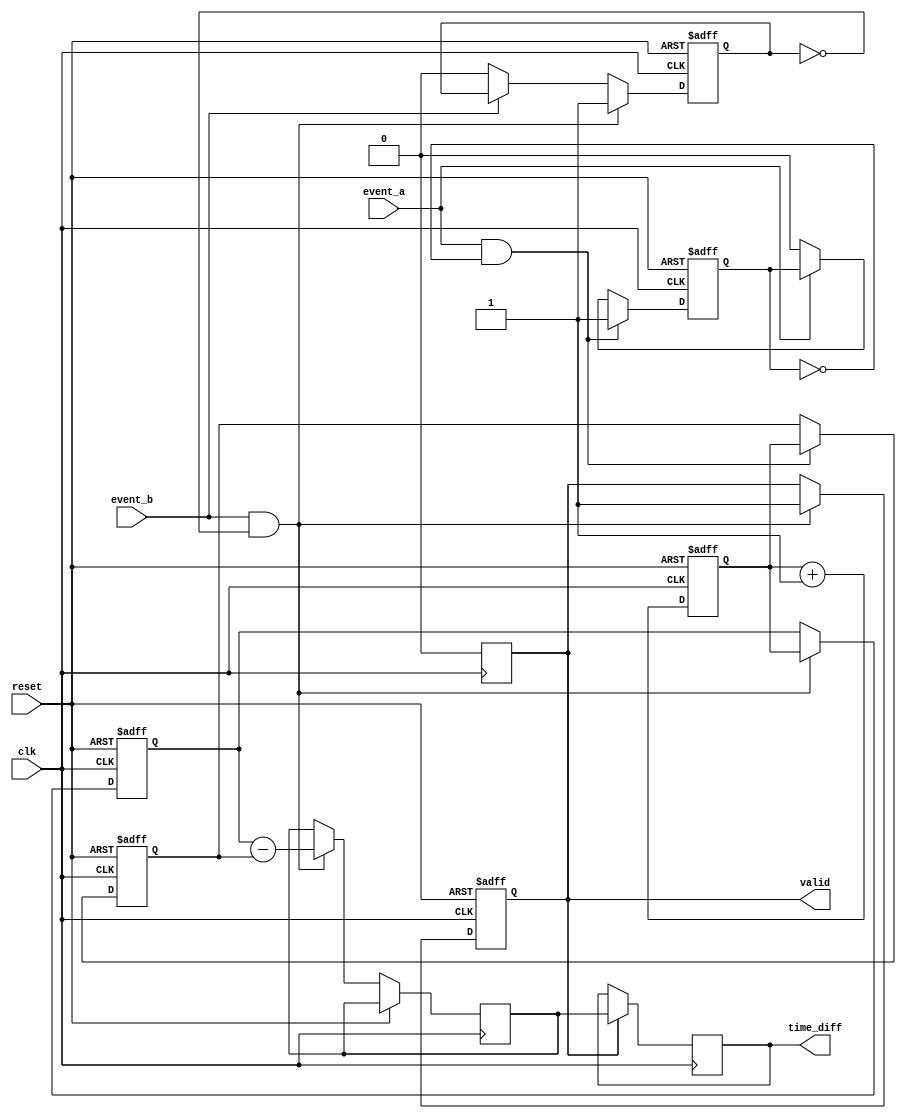
module hybrid_tdc (
    input wire clk,                // High-frequency clock
    input wire reset,              // Reset signal
    input wire event_a,            // Event A input
    input wire event_b,            // Event B input
    output reg [15:0] time_diff,   // Output time difference
    output reg valid               // Output valid signal
);

    // Time Measurement Unit (TMU)
    reg [15:0] time_counter;       // Time counter
    reg [15:0] time_a;             // Time when event A occurred
    reg [15:0] time_b;             // Time when event B occurred
    reg event_a_detected;          // Flag for event A detection
    reg event_b_detected;          // Flag for event B detection

    // Memory Block
    reg [15:0] memory [0:15];      // Memory array for storing time measurements
    reg [3:0] mem_addr;            // Memory address pointer
    reg mem_write_enable;           // Memory write enable signal

    // Digital Processing Unit (DPU)
    reg [15:0] processed_time_diff; // Processed time difference

    // Initialization
    always @(posedge clk or posedge reset) begin
        if (reset) begin
            time_counter <= 16'b0;
            time_a <= 16'b0;
            time_b <= 16'b0;
            event_a_detected <= 1'b0;
            event_b_detected <= 1'b0;
            mem_addr <= 4'b0;
            valid <= 1'b0;
        end else begin
            // Increment time counter
            time_counter <= time_counter + 1;

            // Detect Event A
            if (event_a && !event_a_detected) begin
                time_a <= time_counter; // Capture time for event A
                event_a_detected <= 1'b1;
            end else if (!event_a) begin
                event_a_detected <= 1'b0;
            end

            // Detect Event B
            if (event_b && !event_b_detected) begin
                time_b <= time_counter; // Capture time for event B
                event_b_detected <= 1'b1;

                // Calculate time difference
                processed_time_diff <= time_b - time_a;

                // Store the time difference in memory
                if (mem_addr < 16) begin
                    memory[mem_addr] <= processed_time_diff;
                    mem_addr <= mem_addr + 1;
                end

                // Set valid signal
                valid <= 1'b1;
            end else if (!event_b) begin
                event_b_detected <= 1'b0;
            end
        end
    end

    // Output the latest time difference
    always @(posedge clk) begin
        if (valid) begin
            time_diff <= processed_time_diff;
            valid <= 1'b0; // Reset valid signal after reading
        end
    end

endmodule